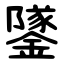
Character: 鐆